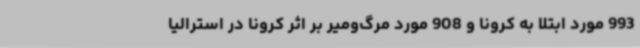
993 مورد ابتلا به کرونا و 908 مورد مرگ‌ومیر بر اثر کرونا در استرالیا